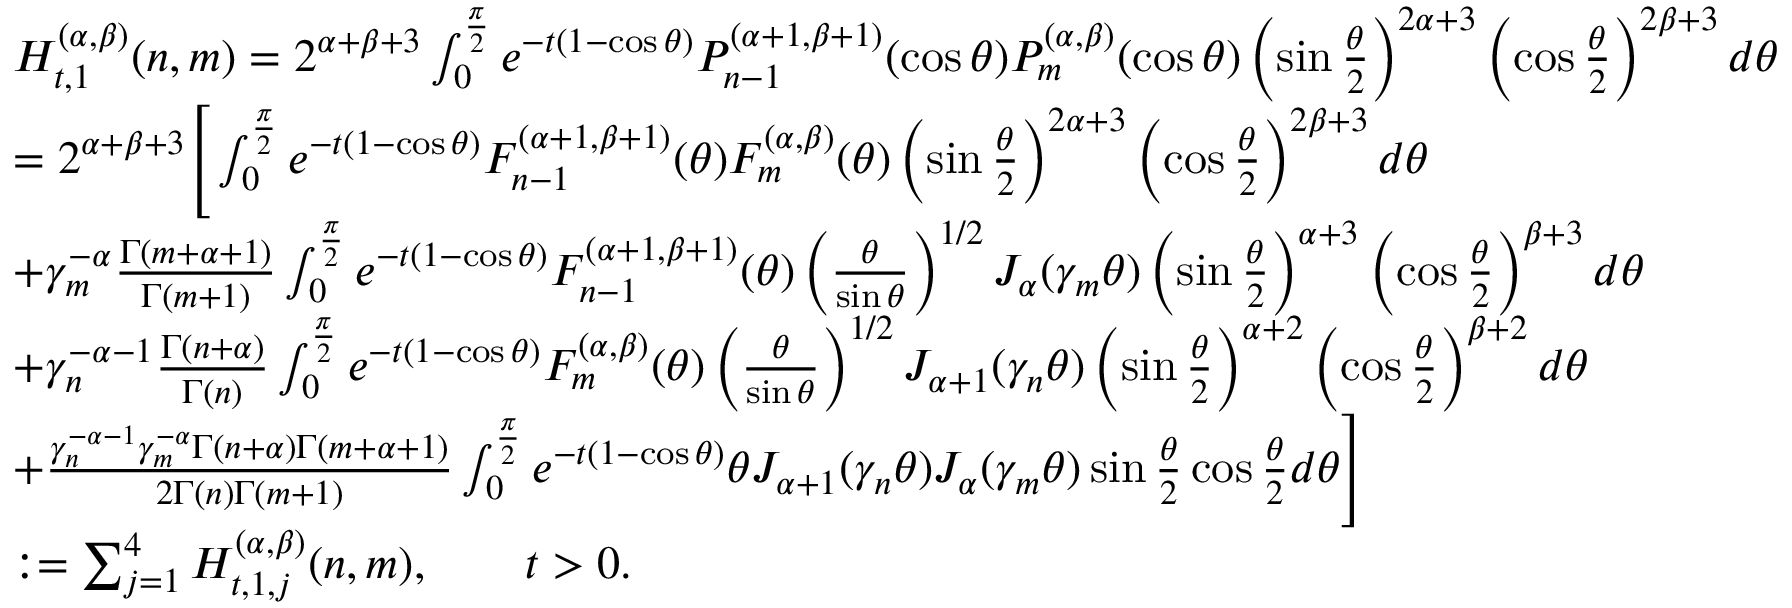
\begin{array} { r l } & { H _ { t , 1 } ^ { ( \alpha , \beta ) } ( n , m ) = { 2 ^ { \alpha + \beta + 3 } } \int _ { 0 } ^ { \frac { \pi } { 2 } } e ^ { - t ( 1 - \cos \theta ) } P _ { n - 1 } ^ { ( \alpha + 1 , \beta + 1 ) } ( \cos \theta ) P _ { m } ^ { ( \alpha , \beta ) } ( \cos \theta ) \left( \sin \frac { \theta } { 2 } \right) ^ { 2 \alpha + 3 } \left( \cos \frac { \theta } { 2 } \right) ^ { 2 \beta + 3 } d \theta } \\ & { = { 2 ^ { \alpha + \beta + 3 } } \Bigg [ \int _ { 0 } ^ { \frac { \pi } { 2 } } e ^ { - t ( 1 - \cos \theta ) } F _ { n - 1 } ^ { ( \alpha + 1 , \beta + 1 ) } ( \theta ) F _ { m } ^ { ( \alpha , \beta ) } ( \theta ) \left( \sin \frac { \theta } { 2 } \right) ^ { 2 \alpha + 3 } \left( \cos \frac { \theta } { 2 } \right) ^ { 2 \beta + 3 } d \theta } \\ & { + \gamma _ { m } ^ { - \alpha } \frac { \Gamma ( m + \alpha + 1 ) } { \Gamma ( m + 1 ) } \int _ { 0 } ^ { \frac { \pi } { 2 } } e ^ { - t ( 1 - \cos \theta ) } F _ { n - 1 } ^ { ( \alpha + 1 , \beta + 1 ) } ( \theta ) \left( \frac { \theta } { \sin \theta } \right) ^ { 1 / 2 } J _ { \alpha } ( \gamma _ { m } \theta ) \left( \sin \frac { \theta } { 2 } \right) ^ { \alpha + 3 } \left( \cos \frac { \theta } { 2 } \right) ^ { \beta + 3 } d \theta } \\ & { + \gamma _ { n } ^ { - \alpha - 1 } \frac { \Gamma ( { n + \alpha } ) } { \Gamma ( n ) } \int _ { 0 } ^ { \frac { \pi } { 2 } } e ^ { - t ( 1 - \cos \theta ) } F _ { m } ^ { ( \alpha , \beta ) } ( \theta ) \left( \frac { \theta } { \sin \theta } \right) ^ { 1 / 2 } J _ { \alpha + 1 } ( \gamma _ { n } \theta ) \left( \sin \frac { \theta } { 2 } \right) ^ { \alpha + 2 } \left( \cos \frac { \theta } { 2 } \right) ^ { \beta + 2 } d \theta } \\ & { + \frac { \gamma _ { n } ^ { - \alpha - 1 } \gamma _ { m } ^ { - \alpha } \Gamma ( { n + \alpha } ) \Gamma ( m + \alpha + 1 ) } { { 2 } \Gamma ( n ) \Gamma ( m + 1 ) } \int _ { 0 } ^ { \frac { \pi } { 2 } } e ^ { - t ( 1 - \cos \theta ) } \theta J _ { \alpha + 1 } ( \gamma _ { n } \theta ) J _ { \alpha } ( \gamma _ { m } \theta ) \sin \frac { \theta } { 2 } \cos \frac { \theta } { 2 } d \theta \Bigg ] } \\ & { : = \sum _ { j = 1 } ^ { 4 } H _ { t , 1 , j } ^ { ( \alpha , \beta ) } ( n , m ) , \qquad t > 0 . } \end{array}